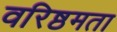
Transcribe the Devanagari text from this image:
वरिष्ठमता